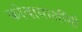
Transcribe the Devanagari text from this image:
कोबायाशींनी